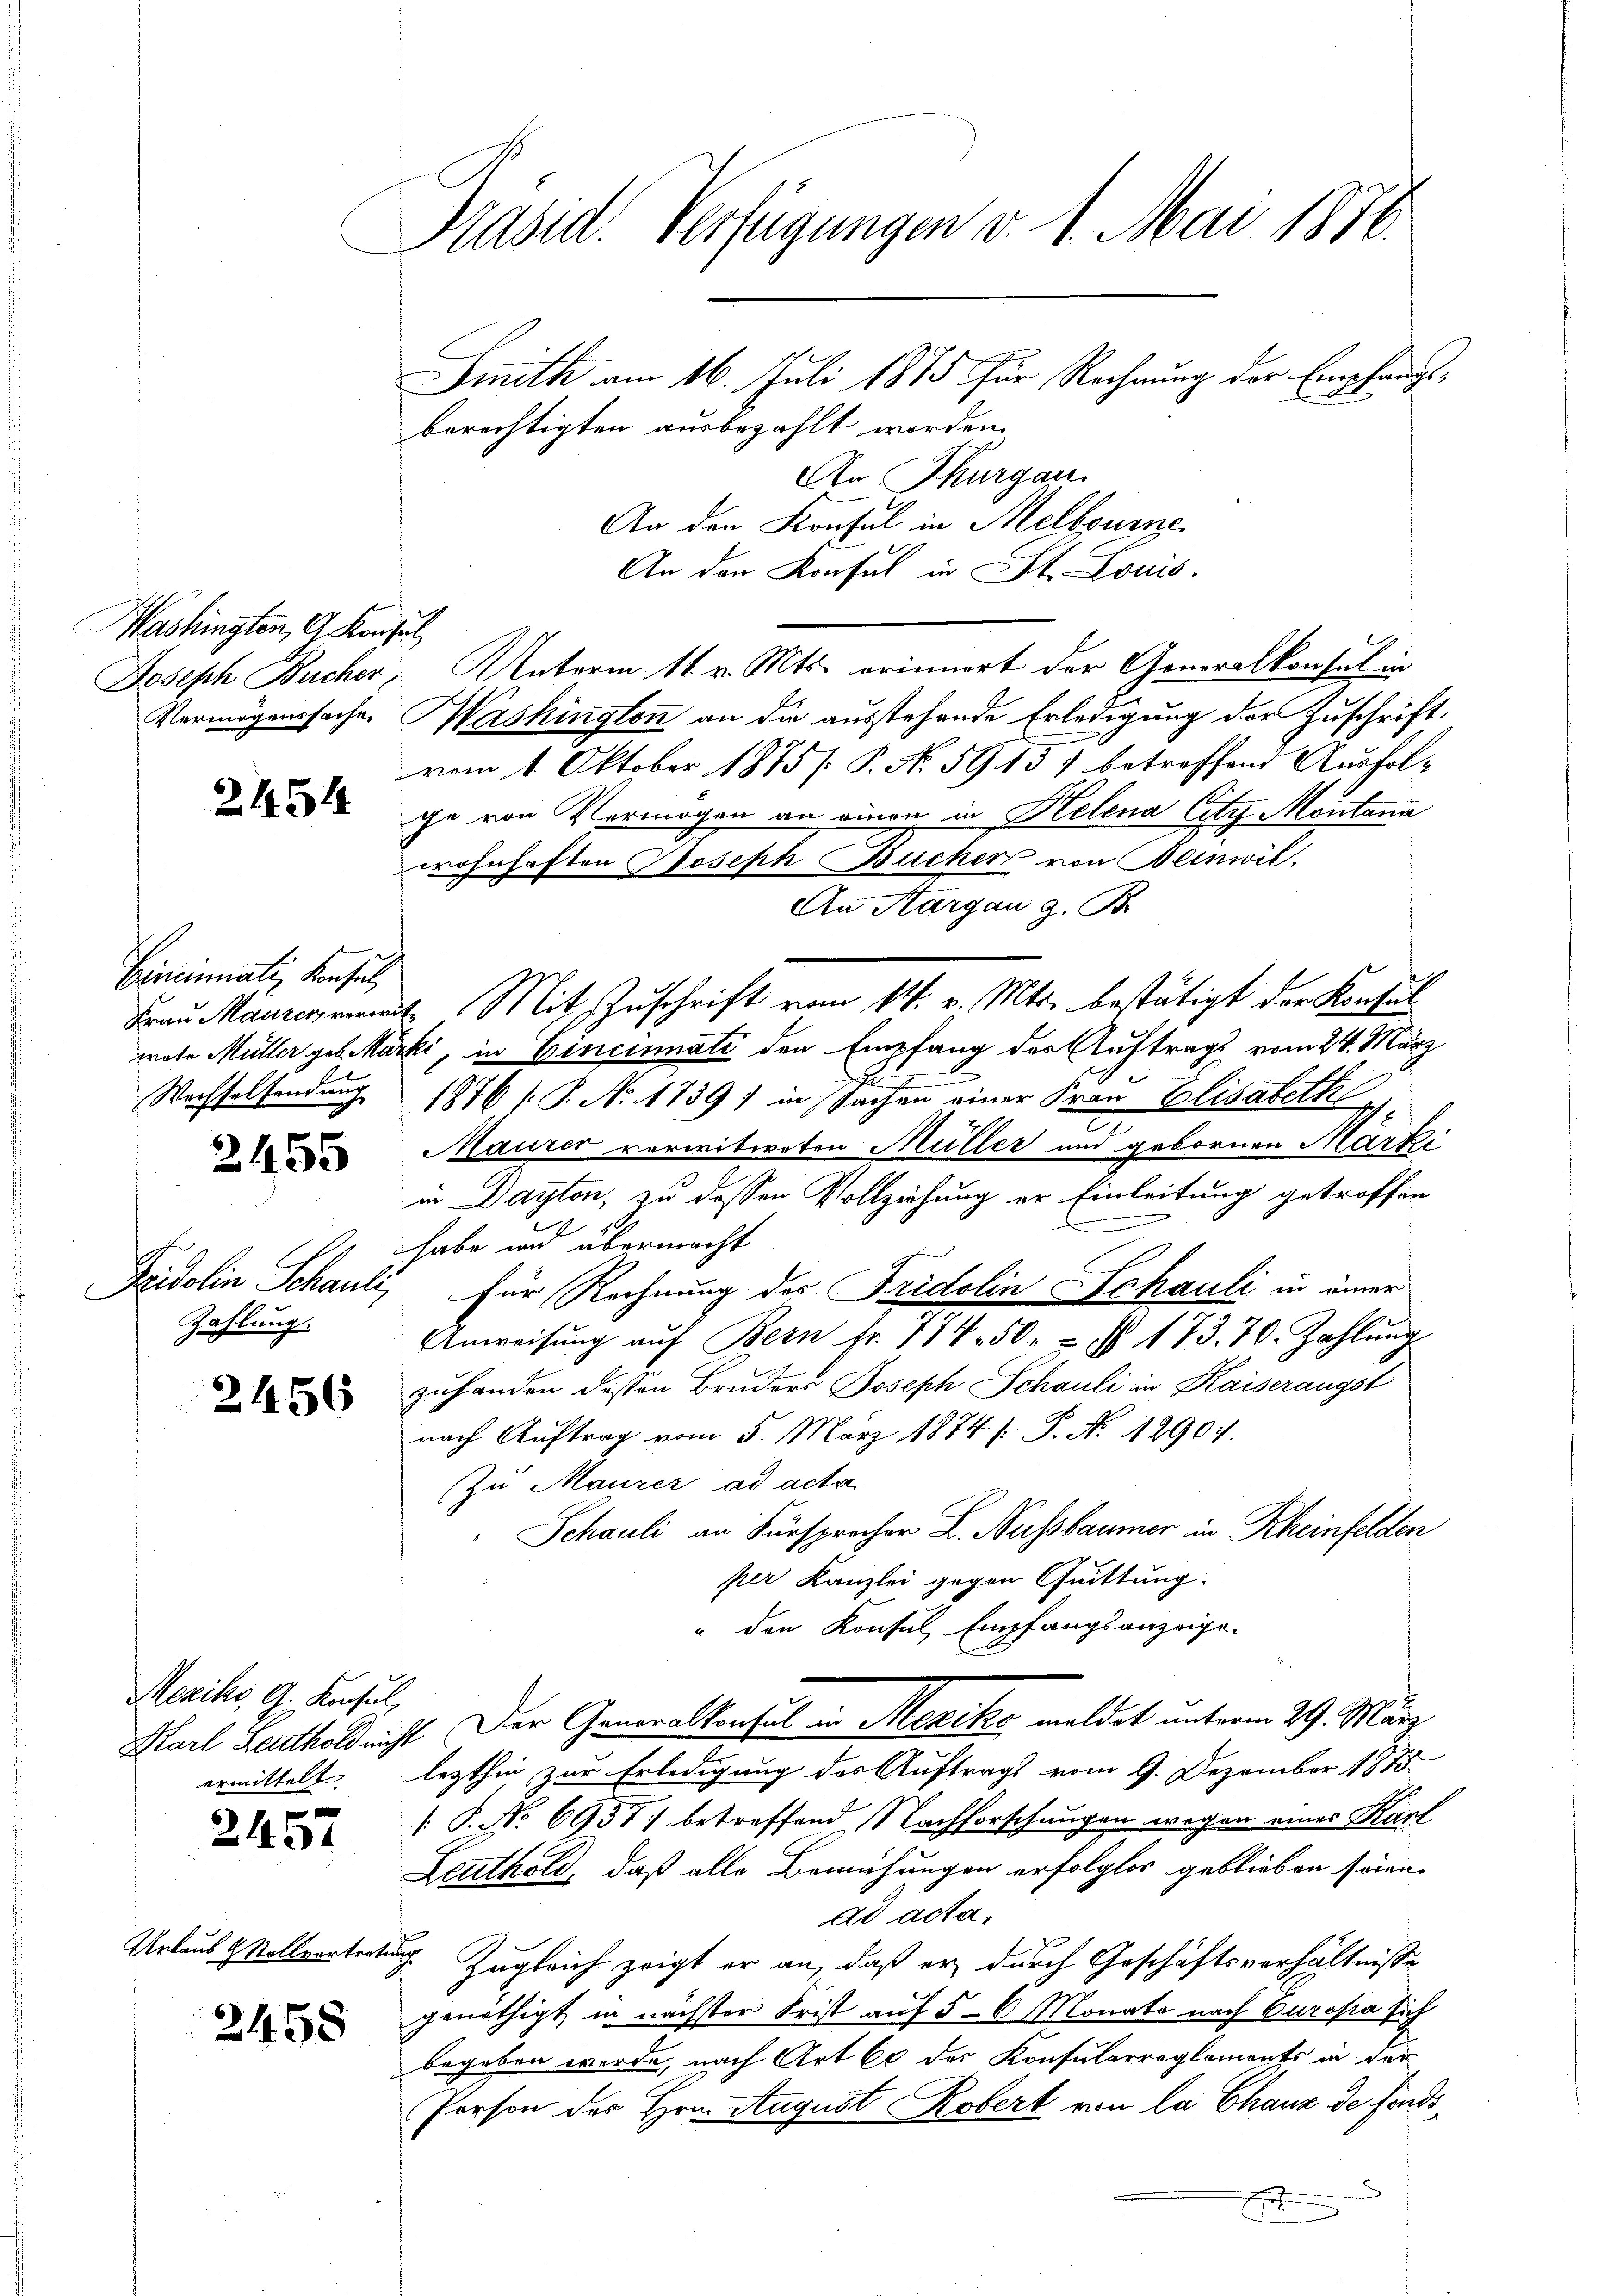
Washingten, G. Konsul
Vermögenssache.

2454

Cincinali, Konsul

2455

Zahlung.

2456

Mexiko G. Konsul

2457

Urlaub & Stellvortertung

2458

Präsid. Verfügungen v. 1. Mai 1876.
Smith am 16. Juli 1875 für Rechnung der Empfangsberechtigten ausbezahlt worden.

An Thurgau.
An den Konsul in Melbourne
An der Konsul in St. Louis.
Joseph Bucher Unterm 11. v. Mts. erinnert der Generalkonsul in
Washington an die ausstehende Erledigung der Zuschrift
vom 1. Oktober 1875 /: P. N. 5913) betreffend Ausfol-
ce von Vermögen an einen in Helena Citz Montana
wohnhaften Joseph Bücher von Beinwil
An Aargau z. B.
Frau Maurer vermit Mit Zuschrift vom 14. v. Mts. bestätigt der Konsul
wote Müller geb. Marki, in Cincinati den Empfang der Auftrags vom 24. März
e
Wechselsendung 1876 f. P. Nr. 1739) in Sachen einer Frau Elisabeth
g
Maurer verwitweten Müller und gebornen Marti
in Dayton, zu dessen Vollziehung er Einleitung getroffen
.
habe und übermacht
Fridolin Schauli, für Rechnung des Fridolin Schauli in einer
Anweisŭng aŭf Bern fr. 774. 50.   173. 70. Zahlŭng
zuhanden dessen Bruders Joseph Schauli in Kaiserangst
nach Auftrag vom 5. März 1874 s. P. Nr. 1290.
Zu Maurer ad acta.
Schauli an Fürsprocher L. Nussbaumer in Rheinfelden
per Kanzlei gegen Quittung.
" den Konsul Empfangsanzeige.
Karl Leuthold nicht. Der Generalkonsul in Mexiko meldet unterm 29. März
ermittelt lezthin zur Erledigung des Auftrags vom 9. Dezember 1875
 P. No 6957) betreffend Nachforschungen wegen eines Karl
Leuthold, daß alle Bemühungen erfolglos geblieben soien
ad acta,
Zugleich zeigt er an, daß er durch Geschäftsverhältnisse
genöthigt, in nächster Frist auf 5-6 Monate nach Carosia sich
begeben werde, nach Art 60 des Konsularreglements in der
Person des Hrn. August Robert von la Chaux de fondi¬

r